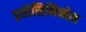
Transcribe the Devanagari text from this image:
इयोसिनिफोल